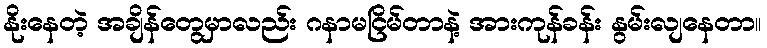
နိုးနေတဲ့ အချိန်တွေမှာလည်း ဂနာမငြိမ်တာနဲ့ အားကုန်ခန်း နွမ်းလျနေတာ။